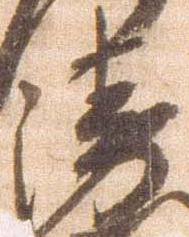
衛